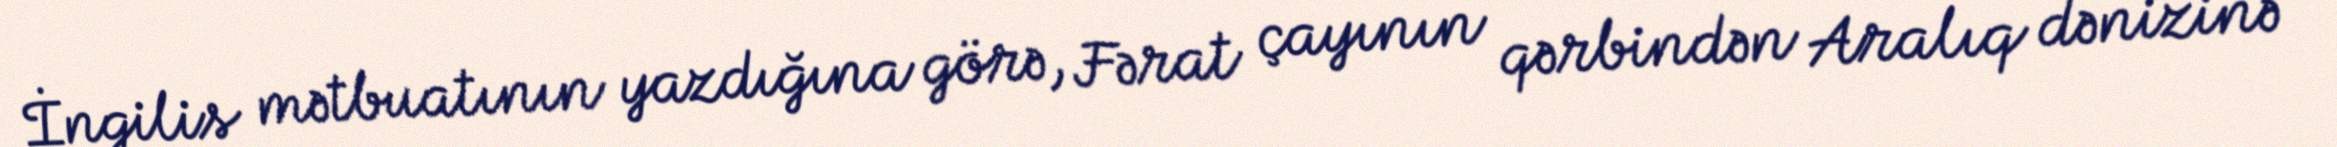
İngilis mətbuatının yazdığına görə, Fərat çayının qərbindən Aralıq dənizinə